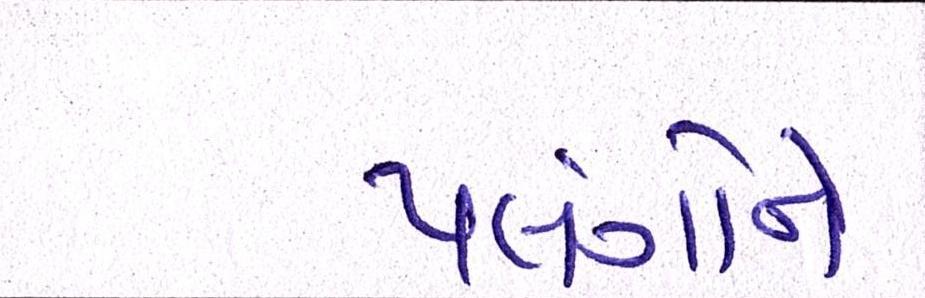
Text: પલંગોને